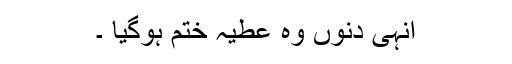
انہی دنوں وہ عطیہ ختم ہوگیا ۔